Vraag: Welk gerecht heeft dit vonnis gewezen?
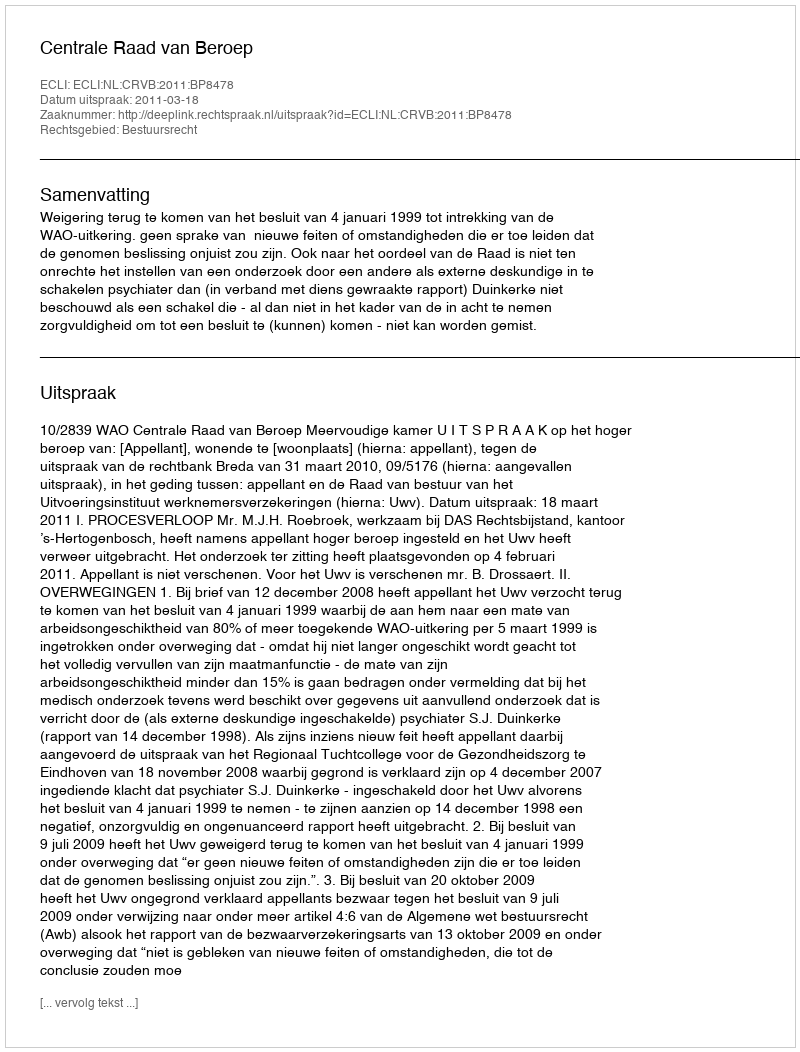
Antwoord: Centrale Raad van Beroep